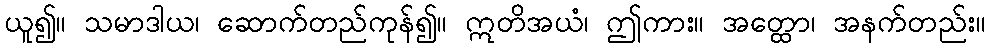
ယူ၍။ သမာဒါယ၊ ဆောက်တည်ကုန်၍။ ဣတိအယံ၊ ဤကား။ အတ္ထော၊ အနက်တည်း။